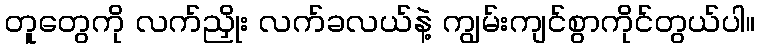
တူတွေကို လက်ညှိုး လက်ခလယ်နဲ့ ကျွမ်းကျင်စွာကိုင်တွယ်ပါ။